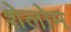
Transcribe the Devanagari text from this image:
शेलोम